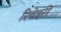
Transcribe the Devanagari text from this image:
रिवेइरी